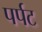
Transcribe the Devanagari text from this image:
पर्पट